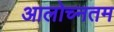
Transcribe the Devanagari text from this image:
आलोच्नतम